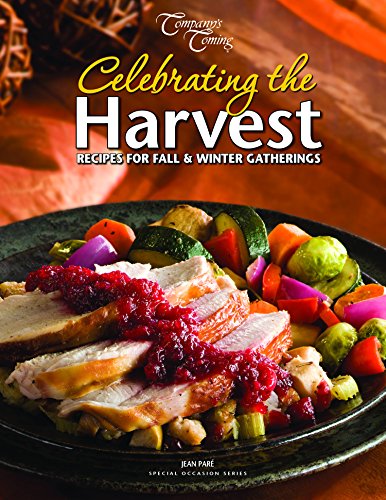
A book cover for Celebrating the Harvest: Recipes for Fall & Winter Gatherings (Special Occasion Series); Jean ParÃ©; Cookbooks, Food & Wine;